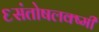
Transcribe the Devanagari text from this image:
६संतोषलक्ष्मी